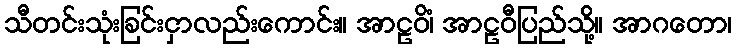
သီတင်းသုံးခြင်းငှာလည်းကောင်း။ အာဠဝိံ၊ အာဠဝီပြည်သို့။ အာဂတော၊